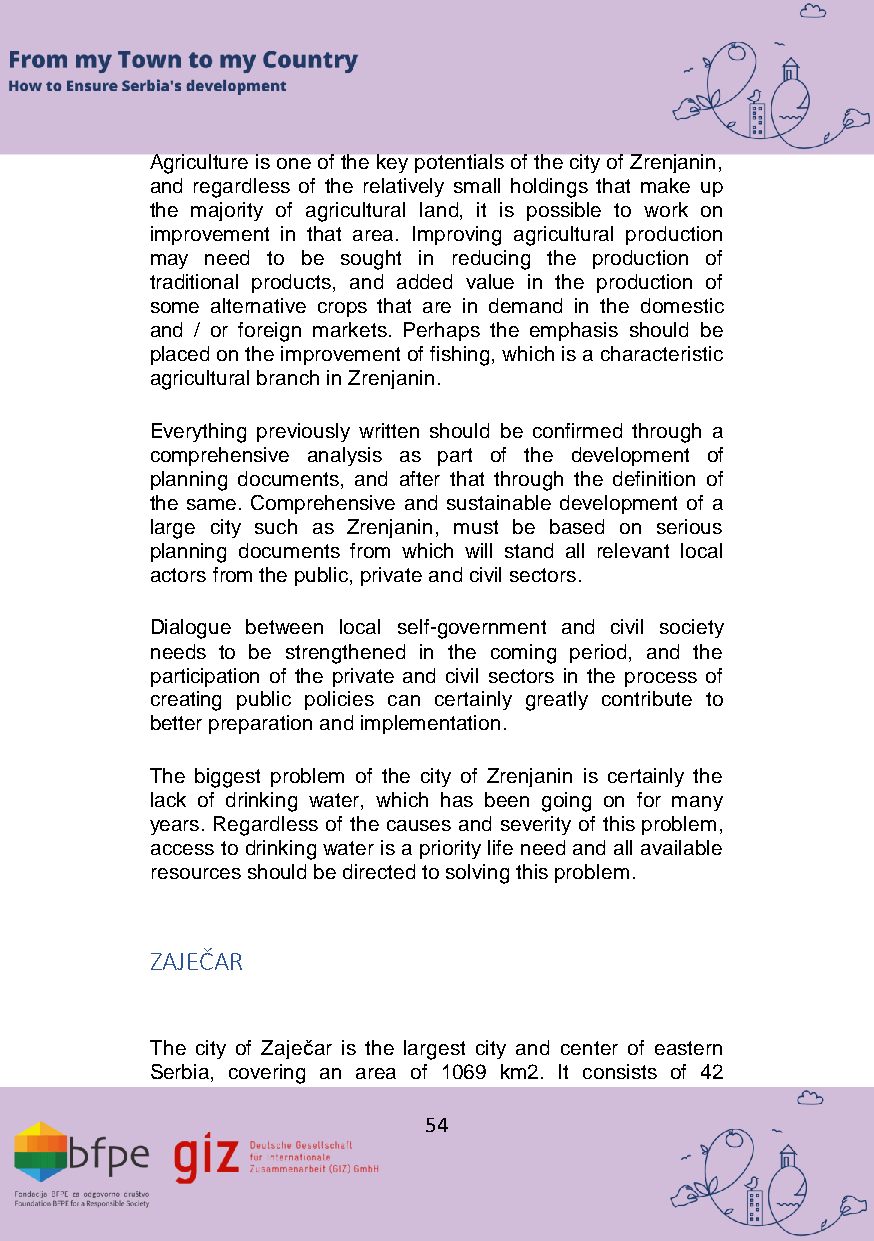
Agriculture is one of the key potentials of the city of Zrenjanin,
 and regardless of the relatively small holdings that make up
 the majority of agricultural land, it is possible to work on
 improvement in that area. Improving agricultural production
 may need to be sought in reducing the production of
 traditional products, and added value in the production of
 some alternative crops that are in demand in the domestic
 and / or foreign markets. Perhaps the emphasis should be
 placed on the improvement of fishing, which is a characteristic
 agricultural branch in Zrenjanin.
 Everything previously written should be confirmed through a
 comprehensive analysis as part of the development of
 planning documents, and after that through the definition of
 the same. Comprehensive and sustainable development of a
 large city such as Zrenjanin, must be based on serious
 planning documents from which will stand all relevant local
 actors from the public, private and civil sectors.
 Dialogue between local self-government and civil society
 needs to be strengthened in the coming period, and the
 participation of the private and civil sectors in the process of
 creating public policies can certainly greatly contribute to
 better preparation and implementation.
 The biggest problem of the city of Zrenjanin is certainly the
 lack of drinking water, which has been going on for many
 years. Regardless of the causes and severity of this problem,
 access to drinking water is a priority life need and all available
 resources should be directed to solving this problem.
 ZAJEČAR
 The city of Zaječar is the largest city and center of eastern
 Serbia, covering an area of 1069 km2. It consists of 42
 54